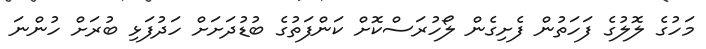
މަހުގެ ލޮލުގެ ފަހަތުން ފެށިގެން ލޯހުރަސްކޮށް ކަންފަތުގެ ބުޑުދަށަށް ހަދުފަޅި ބުރަށް ހުންނަ